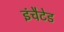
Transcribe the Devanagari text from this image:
इंचैटेड